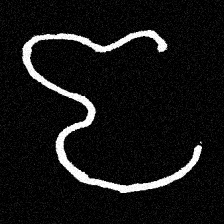
Pyu character \u2014 Myanmar letter: ဇ (romanized: ja)